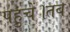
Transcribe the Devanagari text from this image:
पहुचें।तब